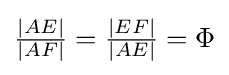
{\tfrac {|AE|}{|AF|}}={\tfrac {|EF|}{|AE|}}=\Phi